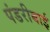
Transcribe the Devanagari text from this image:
पंडरीबाई